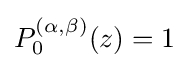
P_{0}^{(\alpha ,\beta )}(z)=1